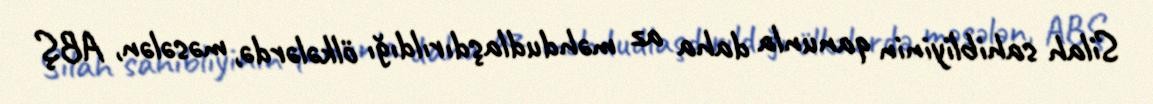
Silah sahibliyinin qanunla daha az məhdudlaşdırıldığı ölkələrdə, məsələn, ABŞ